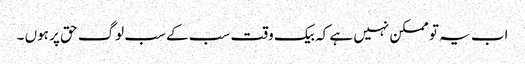
اب یہ تو ممکن نہیں ہے کہ بیک وقت سب کے سب لوگ حق پر ہوں ۔